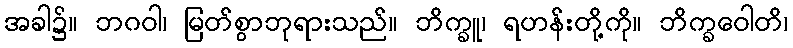
အခါ၌။ ဘဂဝါ၊ မြတ်စွာဘုရားသည်။ ဘိက္ခူ၊ ရဟန်းတို့ကို။ ဘိက္ခဝေါတိ၊